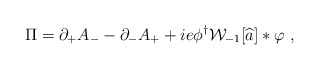
\begin{align*}\Pi = \partial_{+} A_{-} - \partial_{-} A_{+} + i e\phi^{\dag} {\cal W}_{-1}[\widehat{a}] \ast \varphi \ ,\end{align*}